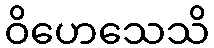
ဝိဟေသေသိ